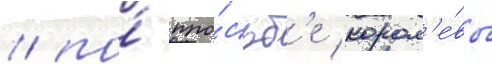
/ по́ про́сьб'е корол'е́вы